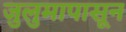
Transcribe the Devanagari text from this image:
जुलुमापासून